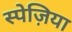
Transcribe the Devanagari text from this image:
स्पेज़िया